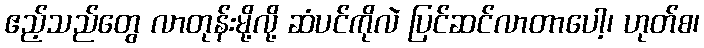
ဧည့်သည်တွေ လာတုန်းမို့လို့ ဆံပင်ကိုလဲ ပြင်ဆင်လာတာပေါ့၊ ဟုတ်စ၊